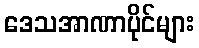
ဒေသအာဏာပိုင်များ